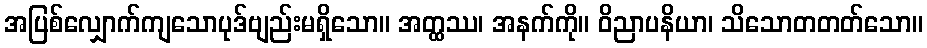
အပြစ်လျှောက်ကျသောပုဒ်ဗျည်းမရှိသော။ အတ္ထဿ၊ အနက်ကို။ ဝိညာပနိယာ၊ သိသောတတတ်သော။